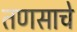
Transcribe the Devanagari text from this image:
तणसाचे